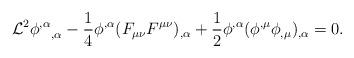
LaTeX: \begin{align*}{\cal L}^2 {\phi^{,\alpha}}_{,\alpha} - \frac14 \phi^{,\alpha} (F_{\mu\nu}F^{\mu\nu})_{,\alpha}+\frac12 \phi^{,\alpha} (\phi^{,\mu}\phi_{,\mu})_{,\alpha} = 0. \end{align*}